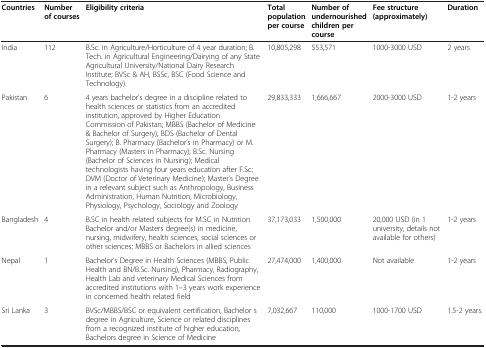
<table><thead><tr><td><b>Countries</b></td><td><b>Number of courses</b></td><td><b>Eligibility criteria</b></td><td><b>Total population per course</b></td><td><b>Number of undernourished children per course</b></td><td><b>Fee structure (approximately)</b></td><td><b>Duration</b></td></tr></thead><tbody><tr><td>India</td><td>112</td><td>B.Sc. in Agriculture/Horticulture of 4 year duration; B.Tech. in Agricultural Engineering/Dairying of any State Agricultural University/National Dairy Research Institute; BVSc &amp; AH, BSSc, BSC (Food Science and Technology).</td><td>10,805,298</td><td>553,571</td><td>1000-3000 USD</td><td>2 years</td></tr><tr><td>Pakistan</td><td>6</td><td>4 years bachelor’s degree in a discipline related to health sciences or statistics from an accredited institution, approved by Higher Education Commission of Pakistan; MBBS (Bachelor of Medicine &amp; Bachelor of Surgery), BDS (Bachelor of Dental Surgery); B. Pharmacy (Bachelor’s in Pharmacy) or M. Pharmacy (Masters in Pharmacy); B.Sc. Nursing (Bachelor of Sciences in Nursing); Medical technologists having four years education after F.Sc; DVM (Doctor of Veterinary Medicine); Master’s Degree in a relevant subject such as Anthropology, Business Administration, Human Nutrition, Microbiology, Physiology, Psychology, Sociology and Zoology</td><td>29,833,333</td><td>1,666,667</td><td>2000-3000 USD</td><td>1-2 years</td></tr><tr><td>Bangladesh</td><td>4</td><td>B.SC in health related subjects for M.SC in Nutrition Bachelor and/or Masters degree(s) in medicine, nursing, midwifery, health sciences, social sciences or other sciences; MBBS or Bachelors in allied sciences</td><td>37,173,033</td><td>1,500,000</td><td>20,000 USD (in 1 university, details not available for others)</td><td>1-2 years</td></tr><tr><td>Nepal</td><td>1</td><td>Bachelor’s Degree in Health Sciences (MBBS, Public Health and BN/B.Sc. Nursing), Pharmacy, Radiography, Health Lab and veterinary Medical Sciences from accredited institutions with 1–3 years work experience in concerned health related field</td><td>27,474,000</td><td>1,400,000</td><td>Not available</td><td>1-2 years</td></tr><tr><td>Sri Lanka</td><td>3</td><td>BVSc/MBBS/BSC or equivalent certification, Bachelor s degree in Agriculture, Science or related disciplines from a recognized institute of higher education, Bachelors degree in Science of Medicine</td><td>7,032,667</td><td>110,000</td><td>1000-1700 USD</td><td>1.5-2 years.</td></tr></tbody></table>